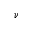
\nu